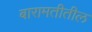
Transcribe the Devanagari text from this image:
बारामतीतील